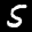
Label: 5